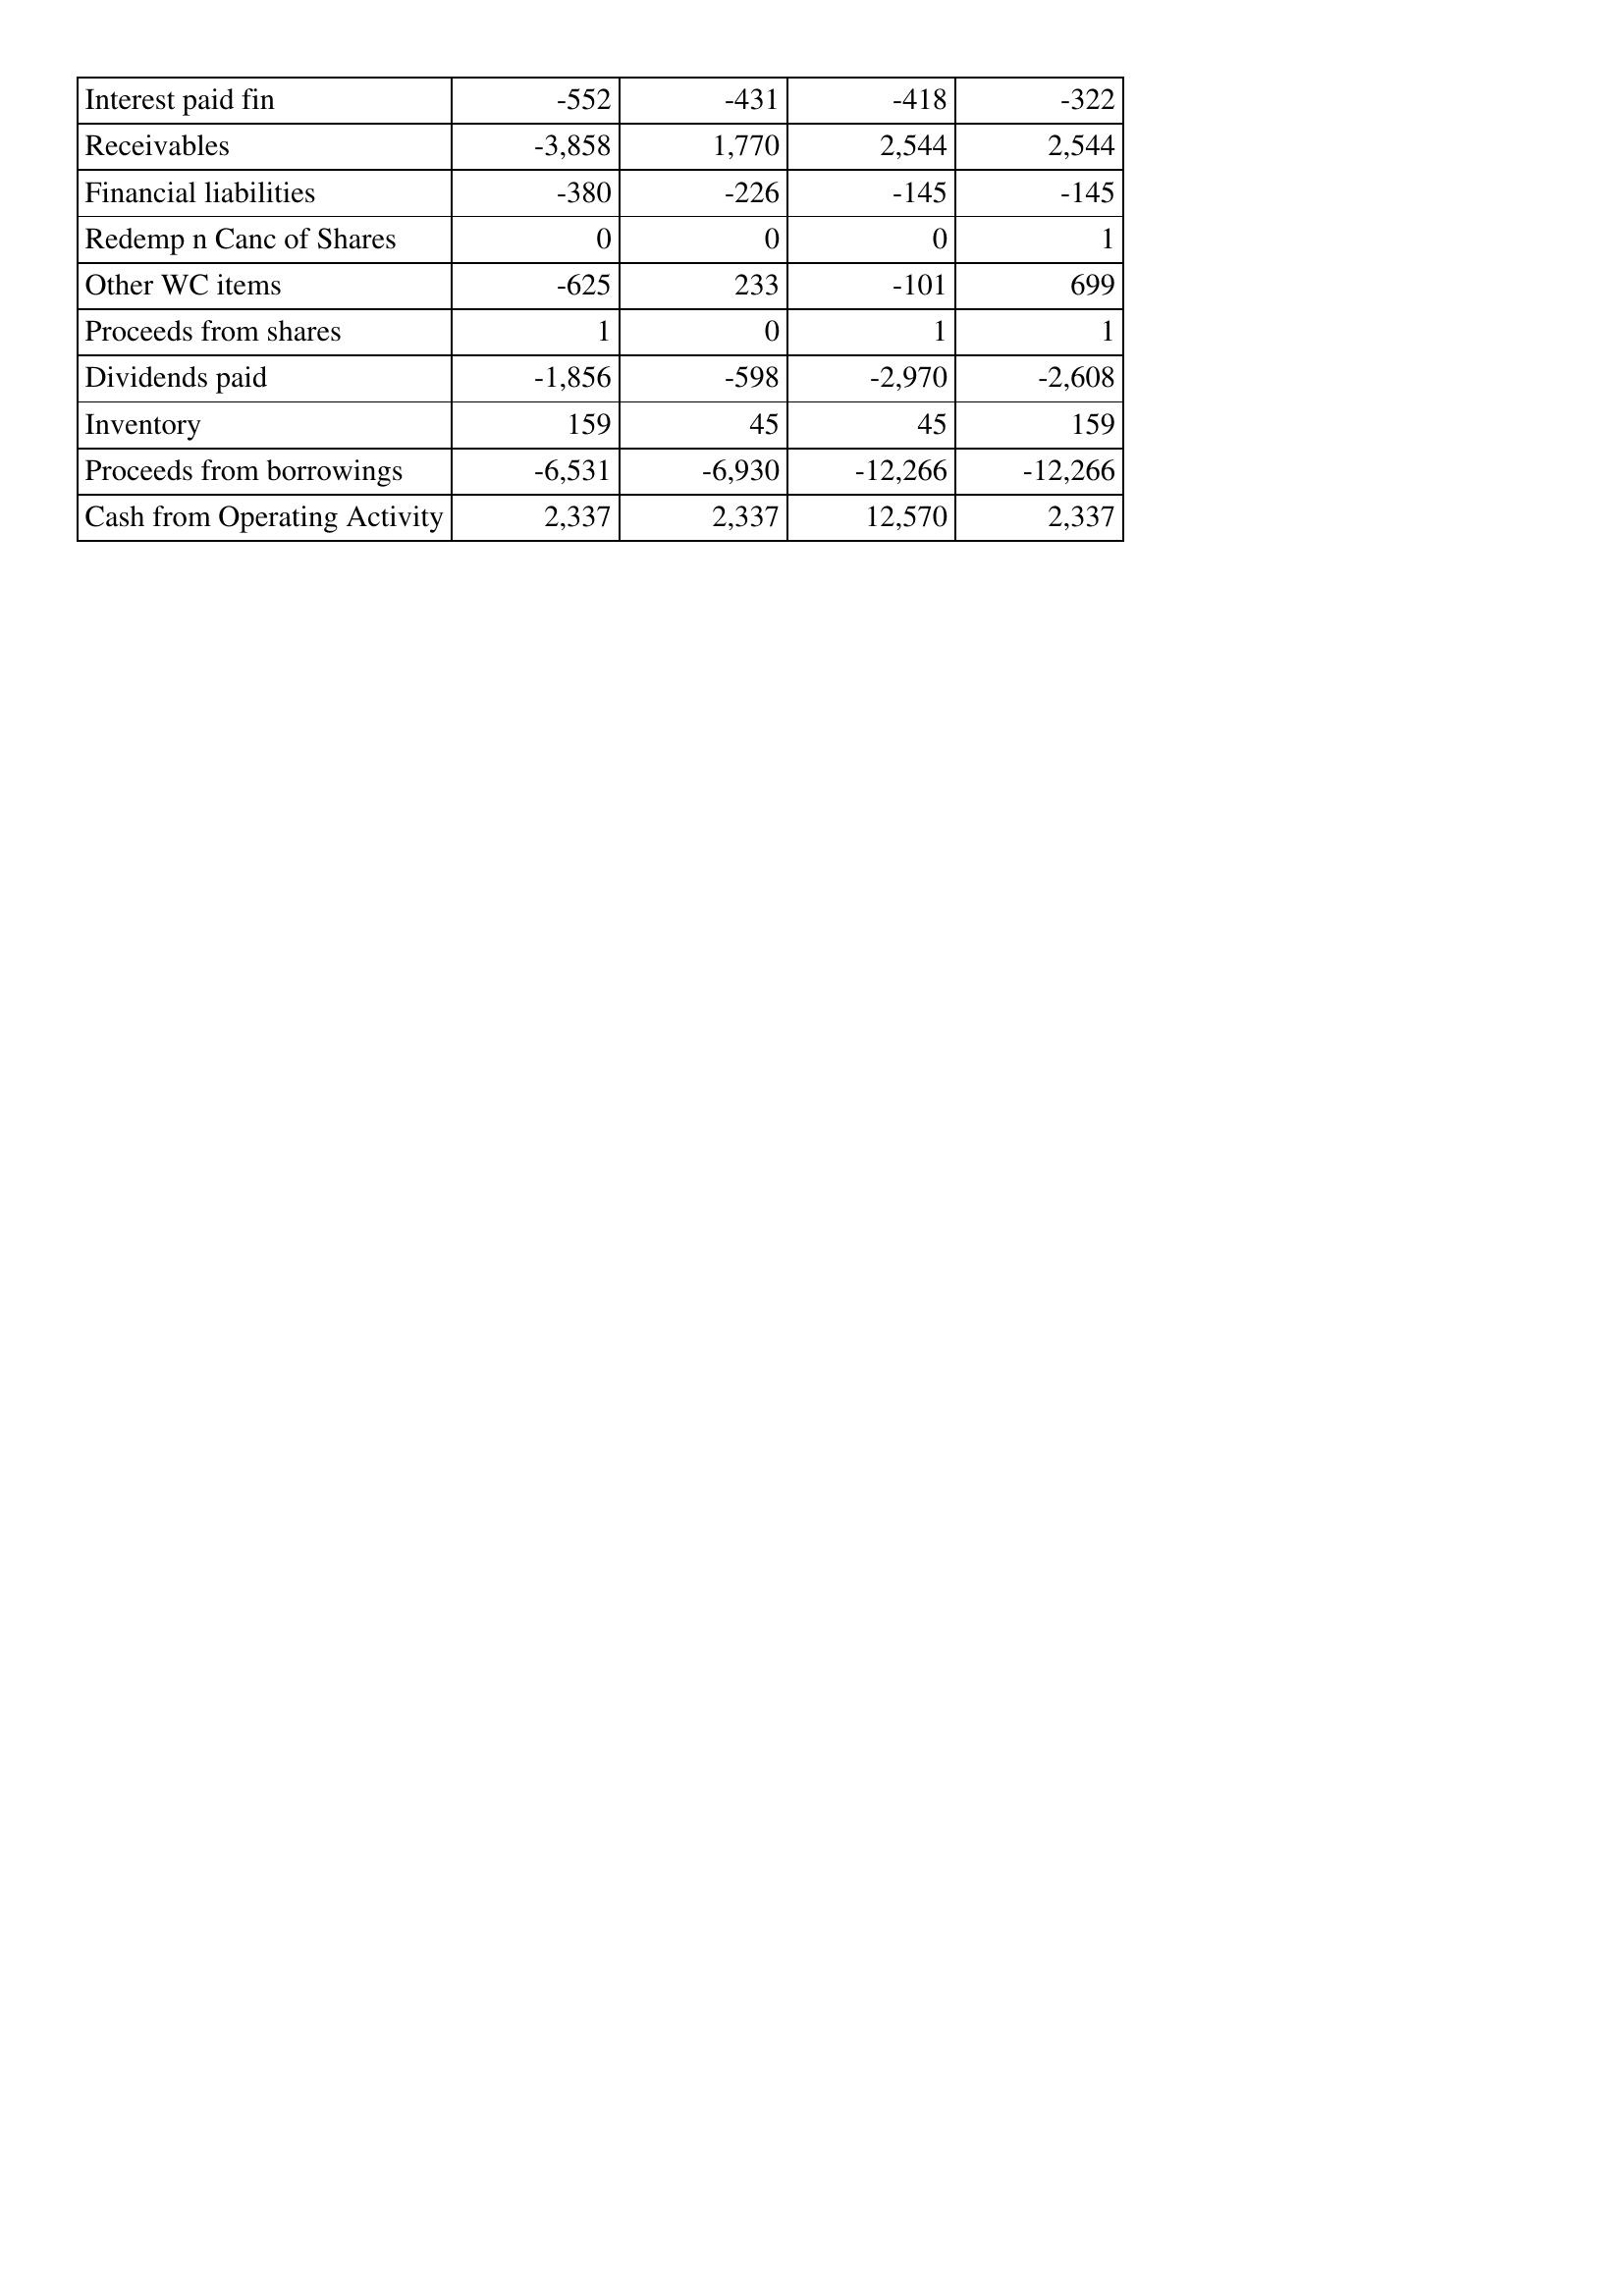
Apr-16: Cash Flows: Interest paid fin: -552
Receivables: -3,858
Financial liabilities: -380
Redemp n Canc of Shares: 0
Other WC items: -625
Proceeds from shares: 1
Dividends paid: -1,856
Inventory: 159
Proceeds from borrowings: -6,531
Cash from Operating Activity: 2,337
Apr-15: Cash Flows: Interest paid fin: -431
Receivables: 1,770
Financial liabilities: -226
Redemp n Canc of Shares: 0
Other WC items: 233
Proceeds from shares: 0
Dividends paid: -598
Inventory: 45
Proceeds from borrowings: -6,930
Cash from Operating Activity: 2,337
Apr-14: Cash Flows: Interest paid fin: -418
Receivables: 2,544
Financial liabilities: -145
Redemp n Canc of Shares: 0
Other WC items: -101
Proceeds from shares: 1
Dividends paid: -2,970
Inventory: 45
Proceeds from borrowings: -12,266
Cash from Operating Activity: 12,570
Apr-13: Cash Flows: Interest paid fin: -322
Receivables: 2,544
Financial liabilities: -145
Redemp n Canc of Shares: 1
Other WC items: 699
Proceeds from shares: 1
Dividends paid: -2,608
Inventory: 159
Proceeds from borrowings: -12,266
Cash from Operating Activity: 2,337